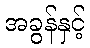
အခွန်နှင့်